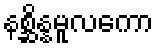
နစ္ဆိန္နမူလကော